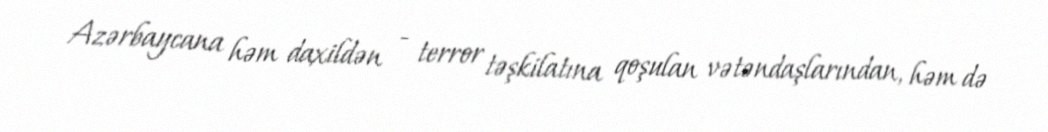
Azərbaycana həm daxildən - terror təşkilatına qoşulan vətəndaşlarından, həm də